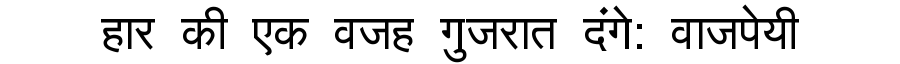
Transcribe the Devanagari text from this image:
हार की एक वजह गुजरात दंगे: वाजपेयी